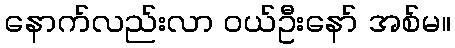
နောက်လည်းလာ ဝယ်ဦးနော် အစ်မ။